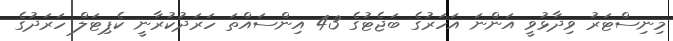
މިނިސްޓަރު ވިދާޅުވީ އަންނަ އަހަރުގެ ބަޖެޓުގެ 43 އިންސައްތަ ހަރަދުކުރާނީ ކެޕިޓަލް ހަރަދުގެ